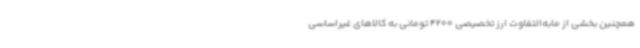
همچنین بخشی از مابه‌التفاوت ارز تخصیصی 4200 تومانی به کالاهای غیراساسی